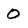
Character: 0